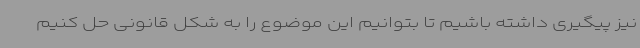
نیز پیگیری داشته باشیم تا بتوانیم این موضوع را به شکل قانونی حل کنیم